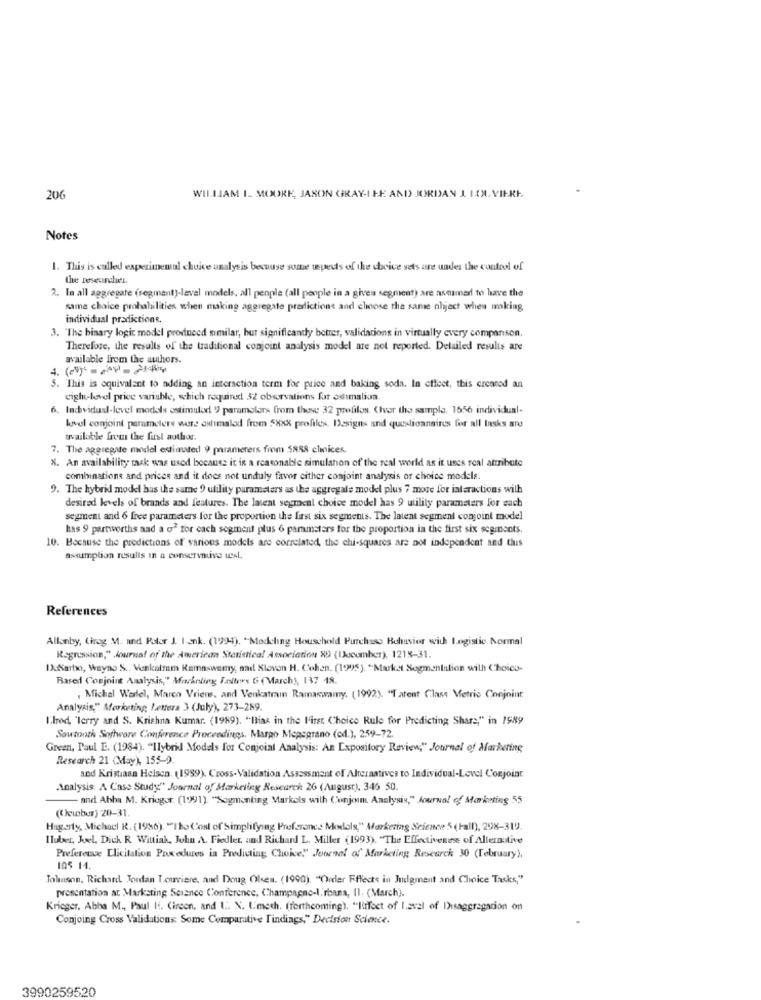
206
WILLIAM I. MOORE, JASON GRAY-ILE AND JORDAN I LOL. VIERE.
Notes
1. This is called experimental choice analysis because some tepedts of the choice sets are under the control of
the researchel.
2. In all aggregate (segment)-laval models, all people (all people in a given segment) are asnamed to have the
same choice probabilities when making aggregate predictions and choose the same object when making
individual predictionR.
3. "The binary logic model produced similar, but significandy betrer, validations in virtually every companson.
Therefore, the results of the traditional conjoint analysis model are not reported. Detailed results are
available from the authors.
. This is equivalent to adding an interaction term for price and baking soda. In effect, this creared an
cigl-level price variable, schich required 52 obervations for oshimalion
6. Individual-level models estimulod ) paramolars from these 32 profilos. Over the sample. 1656 individual-
køel conjoint parameters were ashimalod from 5XXX profiles. Designs and questionnaires for all tasks are
available from the first author.
7. The aggregate model estimated 9 parameters from 5888 clmices.
X. An availability task was used because it is a reasonable simulahon of the real world as it uses real attribute
combinations and prices and it does not unduly favor either conjoint analysis of choice models.
9. The hybrid model has the same 9 utility parameters as the aggregate model plus 7 more for interactions with
desired levels of brands and features. The latent segment choice model has 9 utility parameters for each
segment and 6 free parameters for the proportion the first six segments. The latent segment conjoint model
has 9 partworths aad a of for cach segment plus 6 parameters for the proportion in the first six segments.
10. Because the predictions of various models are correlated, the chi-squares are not independent and this
assumption results in a conservative test.
References
Allenby, Girog M. and Kolor 1. I.ank. (1994). "Modeling Houschold Purchase Behavior with Logistic Normal
Regression," Journal of the American Statistical Association 89 (Iocember), 1218-31.
IX:Sarbo, Wayne S .. Venkalram Ramaswamy, and Sloven H. Cohen. (1995). "Market Segmentation with Choico-
Based Conjoint Analysis," Marinling Inllers 6 (March), 137 18.
, Michal Werlel, Marco Vriens, and Venkatram Ramaswamy. (1992). "T atent Class Metric Conjoint.
Analysis," Marketing Letters 3 (July), 273-289.
Ilrod, "Terry and S. Krishna Kumar. (1989). "Ilias in the l'irst Choice Rule for Predicting Share," in 1989
Sawtooth Software Conference Proceedings, Margo Mepegrano (ed.), 259-72.
Green, Paul E. (1984). "Ilybrid Models for Conjoint Analysis: An Expository Review," Journal of Marketing
Research 21 (May), 155-9
and Kristiaan Helsen. (1999). Cross-Validation Asssssmant of Alternatives to Individual-Level Conjoint
Analysis: A Case Study" Journal of Marketing Research 26 (August), 346 50.
- and Abha M. Krieger. (1991). "Sogmenting Markols wilh Conjoin Analysis," Journal of Marketing 55
(Ocibur) 20-31.
Hagerty, Michacl R. (1986). "The Cost of Simplifying Profsroncs Modols," Marketing Science 5 (Fall), 298-319.
Huber, Joel, Dich R Wittink, John A. Fiedler, and Richard L. Miller (1993). "The Effectivenes of Allerative
Preference Llicitation Procedures in Predicting Choice."" Journal of Marketing Research 30 (February),
105 14.
Talanson, Richard Jordan Tourviere, and Doug Olsen. (1990). "Order Effects in Judgment and Choice Tasks,"
presentation at Marksting Science Conference, Champagne-I.rbana, Il. (March).
Krieger, Abba M ., Paul Ii. Circon, and 1 .. N. Lmech. (forthcoming). "linfect of laval of Disaggregation on
Conjoing Cross Validations Some Comparative Findings," Decision Science.
3990259520